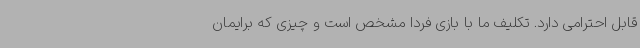
قابل احترامی دارد. تکلیف ما با بازی فردا مشخص است و چیزی که برایمان